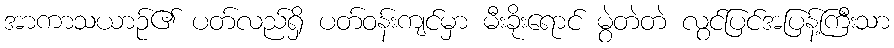
အာကာသယာဉ်၏ ပတ်လည်ရှိ ပတ်ဝန်းကျင်မှာ မီးခိုးရောင် မွဲတဲတဲ လွင်ပြင်အပြန့်ကြီးသာ